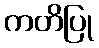
ကတိပြု